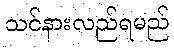
သင်နားလည်ရမည်